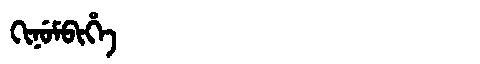
Manchu: ᡴᡳᠨᡠᠮᠪᡳᡥᡝ
Romanization: KINUMBIHE